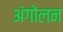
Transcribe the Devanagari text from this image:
अंगोलन